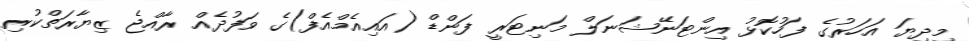
މިދިޔަ އަހަރުގެ ފަހުކޮޅު އިންޓަނޭޝަނަލް މަނިޓަރީ ފަންޑް (އައިއެމްއެފް)ގެ ވަފުދެއް ރާއްޖެ ޒިޔާރަތްކުރި